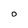
Character: O